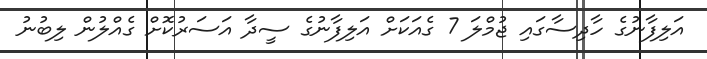
އަލިފާނުގެ ހާދިސާގައި ޖުމްލަ 7 ގެއަކަށް އަލިފާނުގެ ސީދާ އަސަރުކޮށް ގެއްލުން ލިބުނު